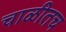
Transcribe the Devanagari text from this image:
चाळीतच